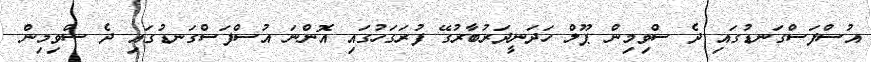
އުސްފަސްގަނޑުގައި ދެ ސްވިމިން ޕޫލް ހަދަނީދަރުބާރުގޭ ފުރަގަހުގައި އޮންނަ އުސްފަސްގަނޑުގައި ދެ ސްވިމިން